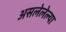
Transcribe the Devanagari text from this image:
असलेलेल्या